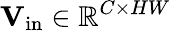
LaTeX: \mathbf{V}_{\mathrm{in}}\in\mathbb{R}^{C\times HW}